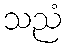
သညံ